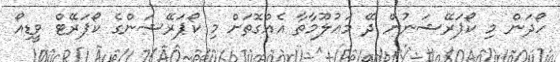
ހޯދަން މި ކޯޕަރޭޝަނުން ދޭ މަޢުލޫމާތާ އެއްގޮތަށް މި ކޯޕަރޭޝަންގެ ކޯޕަރޭޓް ވީޑިއޯ